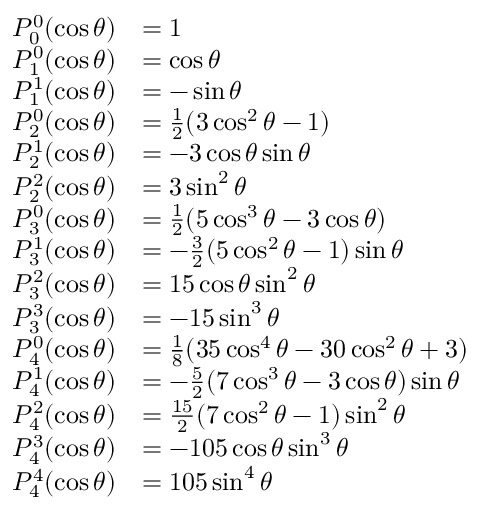
{ \begin{array} { r l } { P _ { 0 } ^ { 0 } ( \cos \theta ) } & { = 1 } \\ { P _ { 1 } ^ { 0 } ( \cos \theta ) } & { = \cos \theta } \\ { P _ { 1 } ^ { 1 } ( \cos \theta ) } & { = - \sin \theta } \\ { P _ { 2 } ^ { 0 } ( \cos \theta ) } & { = { \frac { 1 } { 2 } } ( 3 \cos ^ { 2 } \theta - 1 ) } \\ { P _ { 2 } ^ { 1 } ( \cos \theta ) } & { = - 3 \cos \theta \sin \theta } \\ { P _ { 2 } ^ { 2 } ( \cos \theta ) } & { = 3 \sin ^ { 2 } \theta } \\ { P _ { 3 } ^ { 0 } ( \cos \theta ) } & { = { \frac { 1 } { 2 } } ( 5 \cos ^ { 3 } \theta - 3 \cos \theta ) } \\ { P _ { 3 } ^ { 1 } ( \cos \theta ) } & { = - { \frac { 3 } { 2 } } ( 5 \cos ^ { 2 } \theta - 1 ) \sin \theta } \\ { P _ { 3 } ^ { 2 } ( \cos \theta ) } & { = 1 5 \cos \theta \sin ^ { 2 } \theta } \\ { P _ { 3 } ^ { 3 } ( \cos \theta ) } & { = - 1 5 \sin ^ { 3 } \theta } \\ { P _ { 4 } ^ { 0 } ( \cos \theta ) } & { = { \frac { 1 } { 8 } } ( 3 5 \cos ^ { 4 } \theta - 3 0 \cos ^ { 2 } \theta + 3 ) } \\ { P _ { 4 } ^ { 1 } ( \cos \theta ) } & { = - { \frac { 5 } { 2 } } ( 7 \cos ^ { 3 } \theta - 3 \cos \theta ) \sin \theta } \\ { P _ { 4 } ^ { 2 } ( \cos \theta ) } & { = { \frac { 1 5 } { 2 } } ( 7 \cos ^ { 2 } \theta - 1 ) \sin ^ { 2 } \theta } \\ { P _ { 4 } ^ { 3 } ( \cos \theta ) } & { = - 1 0 5 \cos \theta \sin ^ { 3 } \theta } \\ { P _ { 4 } ^ { 4 } ( \cos \theta ) } & { = 1 0 5 \sin ^ { 4 } \theta } \end{array} }